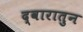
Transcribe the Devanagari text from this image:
द्वारातुन